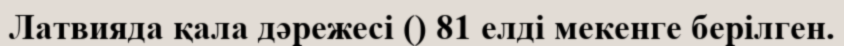
Латвияда қала дәрежесі () 81 елді мекенге берілген.